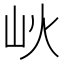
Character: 𡵼